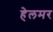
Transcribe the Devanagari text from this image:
हेलमर